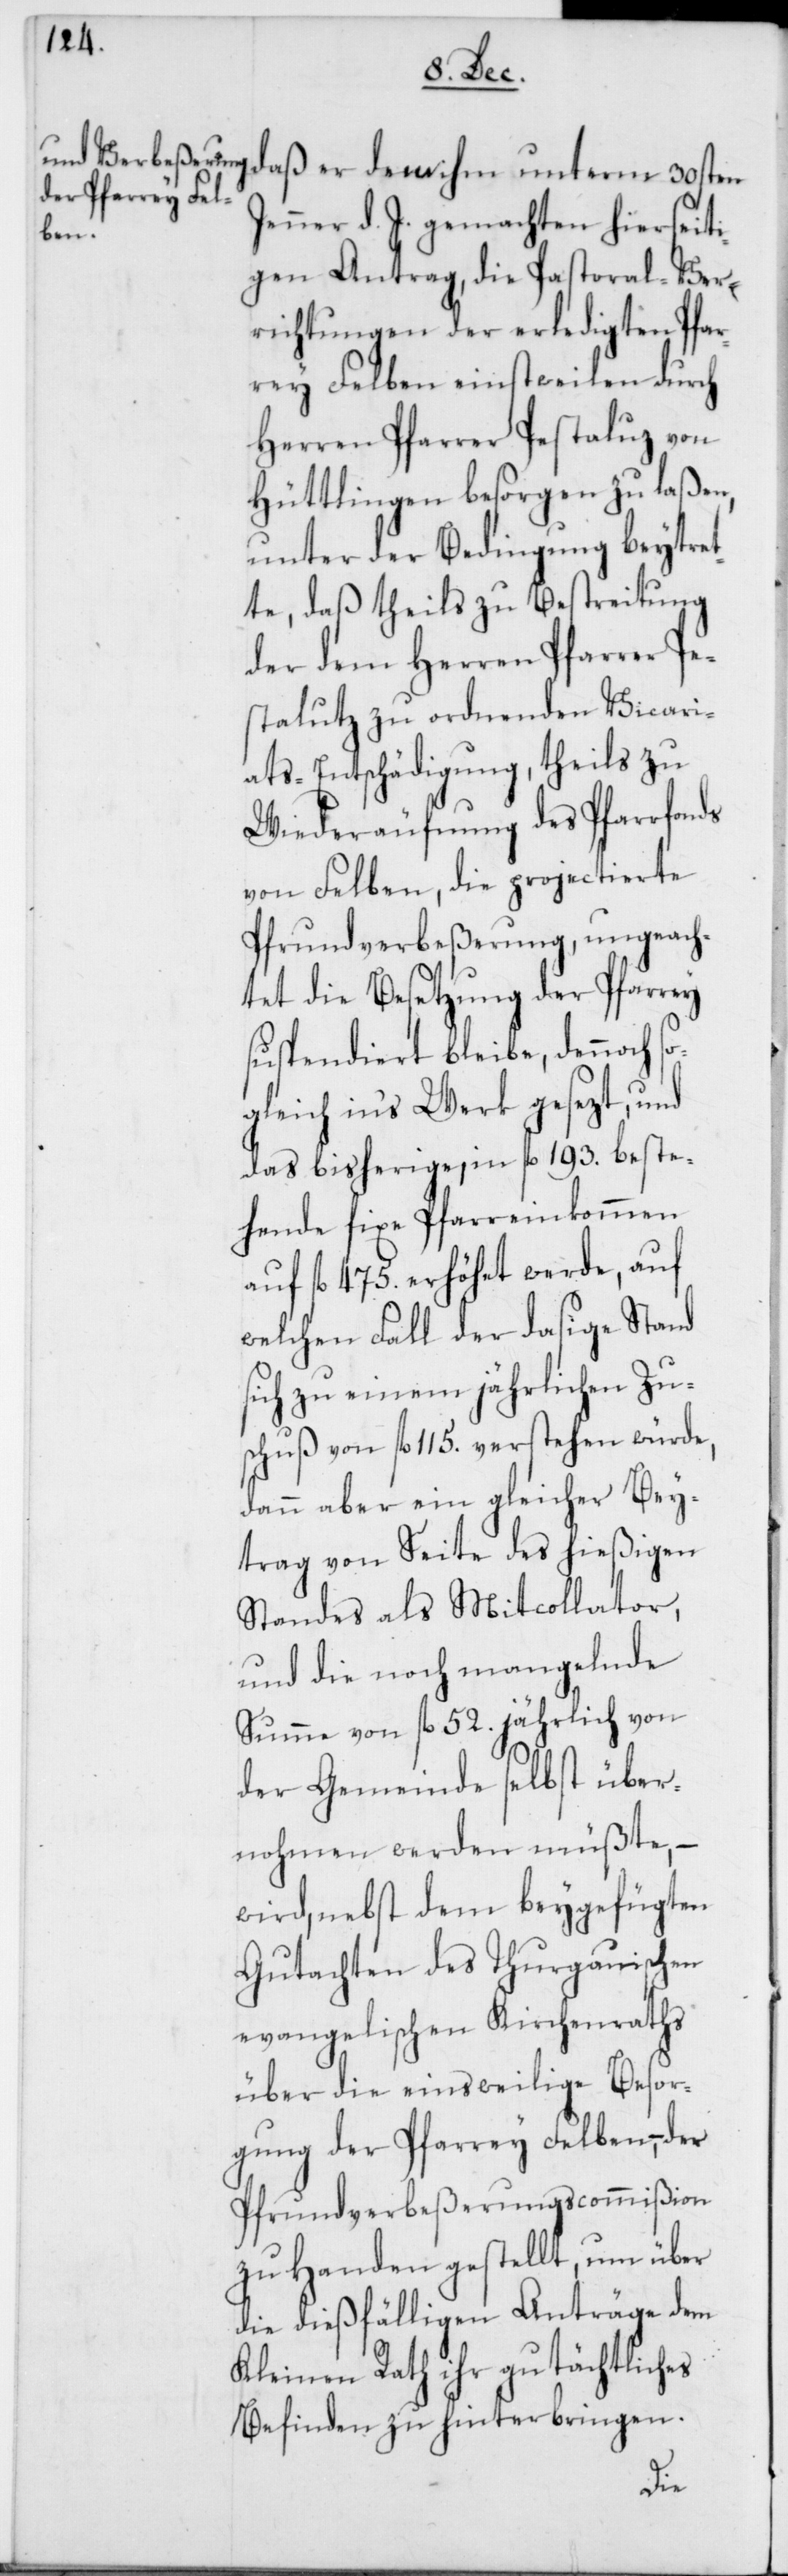
daß er dem ihm unterm 30sten
Jenner d. J. gemachten hierseit¬
igen Antrag, die Pastoral-Ver¬
richtungen der erledigten Pfar¬
rei Felben einstweilen durch
Herren Pfarrer Pestaluz von
Hüttlingen besorgen zu laßen,
unter der Bedingung beytre¬
te, daß theils zu Bestreitung
der dem Herren Pfarrer Pe¬
staluz zu ordnenden Vicari¬
ats-Entschädigung, theils zu
Wiederäufnung des Pfarrfonds
von Felben, die projectierte
Pfrundverbeßerung, ungeach¬
tet die Besetzung der Pfarrey
suspendiert bleibe, dennoch s¬
ogleich ins Werk gesezt, und
das bisherige, in fl. 193. beste¬
hende fixe Pfarreinkommen
auf fl. 475. erhöhet werde, auf
welchen Fall der dasige Stand
sich zu einem jährlichen Zu¬
schuß von fl. 115. verstehen würde,
dann aber ein gleicher Bey¬
trag von Seite des hießigen
Standes als Mitcollator,
und die noch mangelnde
Summe von fl. 52. jährlich von
der Gemeinde selbst über¬
nohmen werden müßte, –
wird, nebst dem beygefügten
Gutachten des Thurgauischen
evangelischen Kirchenraths
über die einsweilige Besor¬
gung der Pfarrey Felben, – der
Pfrundverbeßerungscommißion
zu Handen gestellt, um über
die dießfälligen Anträge dem
Kleinen Rath ihr gutächtliches
Befinden zu hinterbringen.